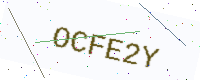
Text: OCFE2Y